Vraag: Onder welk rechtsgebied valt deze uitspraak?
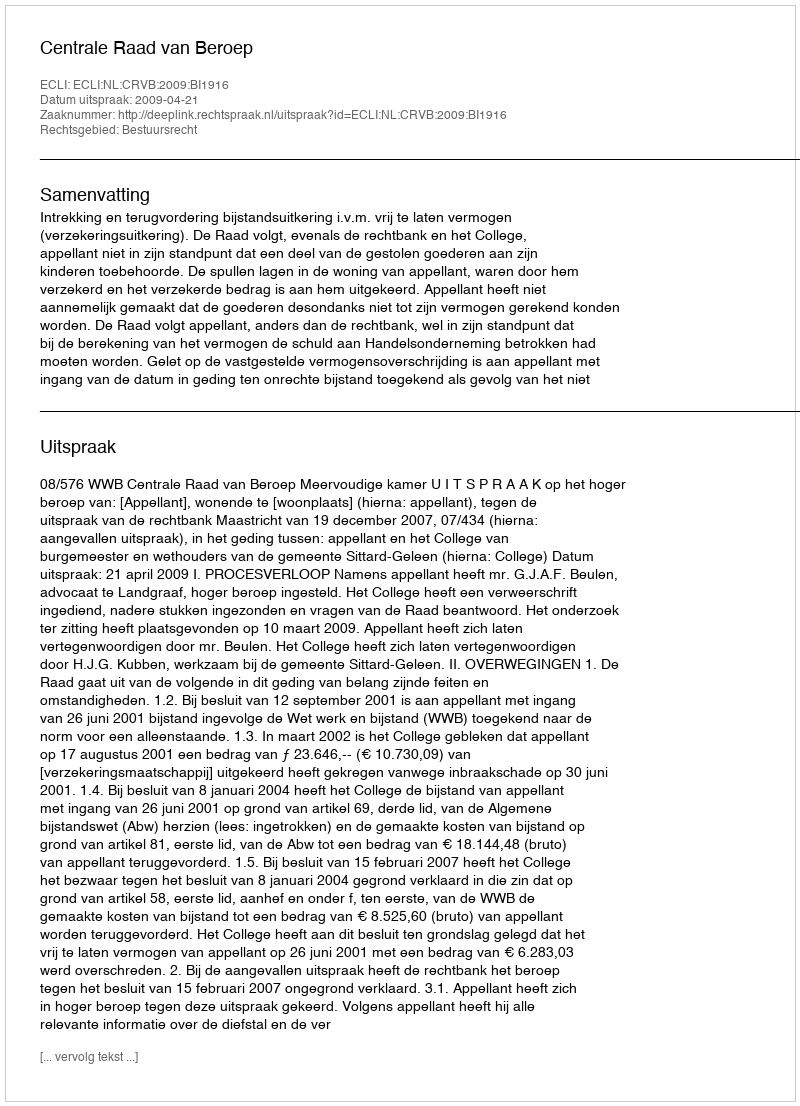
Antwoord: Bestuursrecht